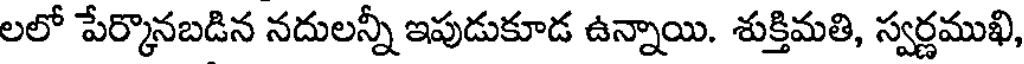
లలో పేర్కొనబడిన నదులన్నీ ఇపుడుకూడ ఉన్నాయి. శుక్తిమతి, స్వర్ణముఖి,